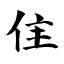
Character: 隹